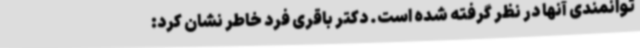
توانمندی آنها در نظر گرفته شده است. دکتر باقری فرد خاطر نشان کرد: